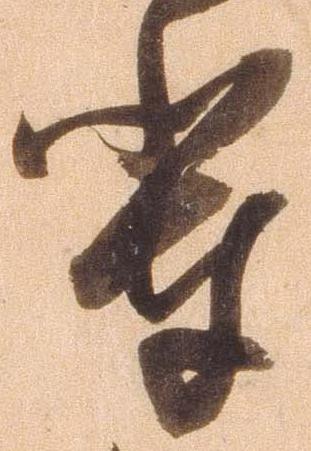
輩